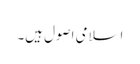
اسلامی اصول ہیں۔